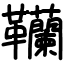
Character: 韊